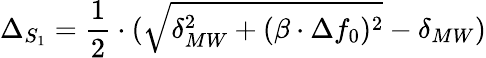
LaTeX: \Delta_{S_{1}}=\frac{1}{2}\cdot(\sqrt{\delta_{MW}^{2}+(\beta\cdot\Delta f_{0})^{2}}-\delta_{MW})